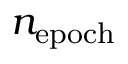
n _ { \mathrm { e p o c h } }